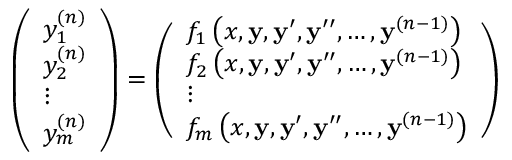
{ \left( \begin{array} { l } { y _ { 1 } ^ { ( n ) } } \\ { y _ { 2 } ^ { ( n ) } } \\ { \vdots } \\ { y _ { m } ^ { ( n ) } } \end{array} \right) } = { \left( \begin{array} { l } { f _ { 1 } \left( x , \mathbf { y } , \mathbf { y } ^ { \prime } , \mathbf { y } ^ { \prime \prime } , \ldots , \mathbf { y } ^ { ( n - 1 ) } \right) } \\ { f _ { 2 } \left( x , \mathbf { y } , \mathbf { y } ^ { \prime } , \mathbf { y } ^ { \prime \prime } , \ldots , \mathbf { y } ^ { ( n - 1 ) } \right) } \\ { \vdots } \\ { f _ { m } \left( x , \mathbf { y } , \mathbf { y } ^ { \prime } , \mathbf { y } ^ { \prime \prime } , \ldots , \mathbf { y } ^ { ( n - 1 ) } \right) } \end{array} \right) }